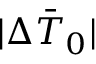
| \Delta \bar { T } _ { 0 } |